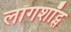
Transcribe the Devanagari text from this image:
लॉगशॉट्स